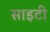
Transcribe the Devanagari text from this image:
साइटी